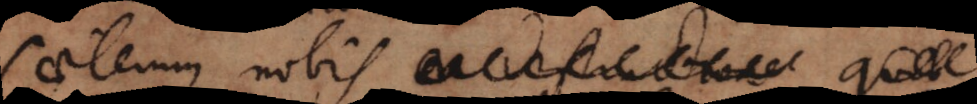
Caeterum nobis ea